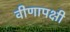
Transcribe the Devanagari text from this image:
वीणापक्षी